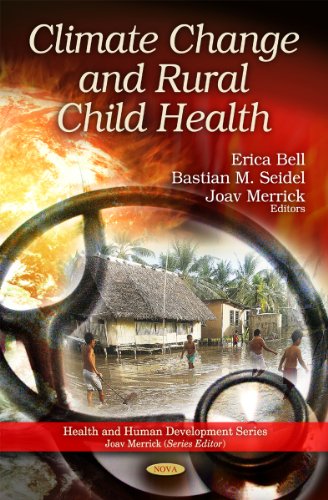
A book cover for Climate Change and Rural Child Health (Health and Human Development); Medical Books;